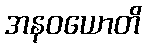
အနဝယောတိ